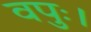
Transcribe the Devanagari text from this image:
वपुः।